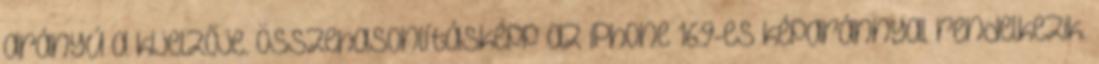
arányú a kijelzője. Összehasonlításképp az iPhone 16:9-es képaránnyal rendelkezik.